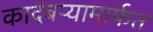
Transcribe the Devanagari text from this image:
कादंबऱ्यामार्फत